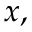
x ,